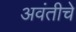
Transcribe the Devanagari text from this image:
अवंतीचे